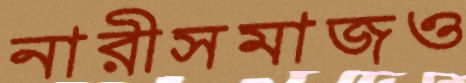
নারীসমাজও